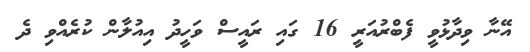
އޭނާ ވިދާޅުވީ ފެބްރުއަރީ 16 ގައި ރައީސް ވަހީދު އިއުލާން ކުރެއްވި ދެ